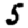
Digit: 5